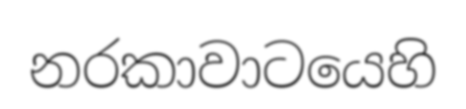
නරකාවාටයෙහි